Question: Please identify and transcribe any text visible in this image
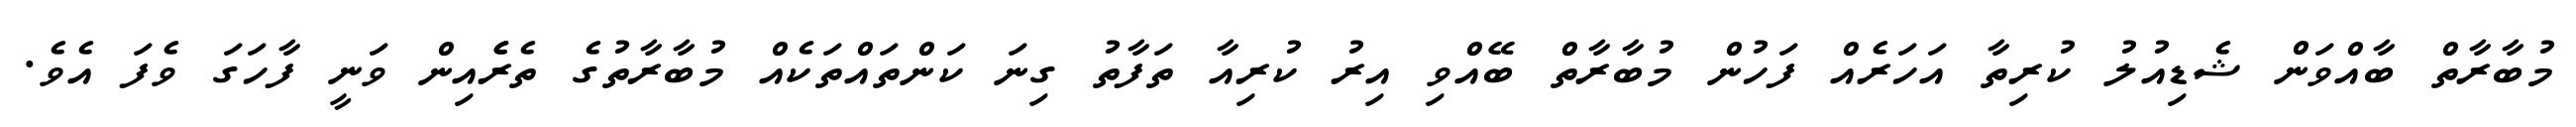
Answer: މުބާރާތް ބާއްވަން ޝެޑިއުލު ކުރިތާ އަހަރެއް ފަހުން މުބާރާތް ބޭއްވި އިރު ކުރިއާ ތަފާތު ގިނަ ކަންތައްތަކެއް މުބާރާތުގެ ތެރެެއިން ވަނީ ފާހަގަ ވެފަ އެވެ.